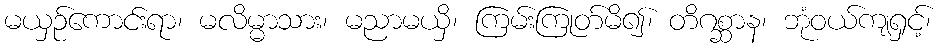
မယှဉ်ကောင်းရာ၊ မလိမ္မာသား၊ မညာမယှိ၊ ကြမ်းကြုတ်မိ၍၊ တိဂစ္ဆာန၊ ဘုံဝယ်ကျရှင့်၊